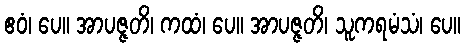
ဧဝံ၊ ပေ။ အာပဇ္ဇတိ၊ ကထံ၊ ပေ။ အာပဇ္ဇတိ၊ သူကရမံသံ၊ ပေ။